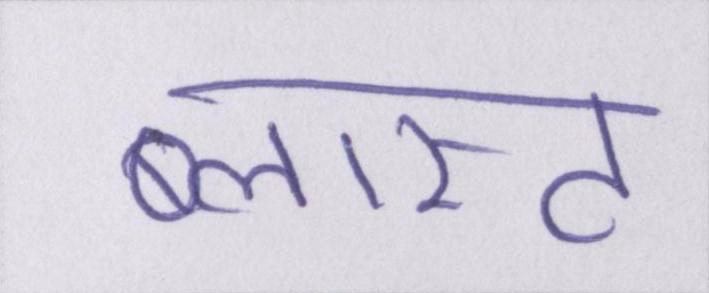
ब्लास्ट